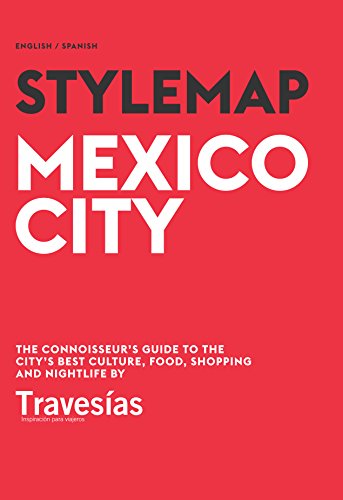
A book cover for Stylemap Mexico City; Travesias; Travel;